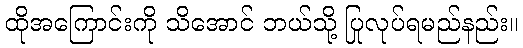
ထိုအကြောင်းကို သိအောင် ဘယ်သို့ ပြုလုပ်ရမည်နည်း။